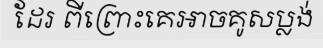
ដែរ ពីព្រោះគេអាចគូសប្លង់